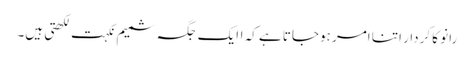
رانو کا کردار اتنا امر ہوجاتا ہے کہ اایک جگہ شمیم نکہت لکھتی ہیں۔